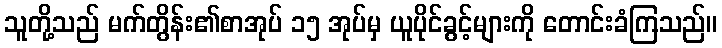
သူတို့သည် မက်တွိန်း၏စာအုပ် ၁၅ အုပ်မှ ယူပိုင်ခွင့်များကို တောင်းခံကြသည်။